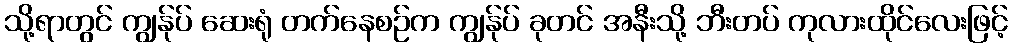
သို့ရာတွင် ကျွန်ုပ် ဆေးရုံ တက်နေစဉ်က ကျွန်ုပ် ခုတင် အနီးသို့ ဘီးတပ် ကုလားထိုင်လေးဖြင့်